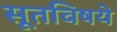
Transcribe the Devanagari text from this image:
सूतविषये